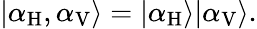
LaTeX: \begin{array}{r}{|\alpha_{\mathrm{H}},\alpha_{\mathrm{V}}\rangle=|\alpha_{\mathrm{H}}\rangle|\alpha_{\mathrm{V}}\rangle.}\end{array}